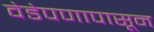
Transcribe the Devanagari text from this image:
वेडेपणापासून